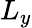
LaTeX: L_{y}